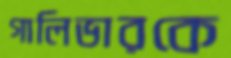
গালিভারকে